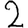
Digit: 2